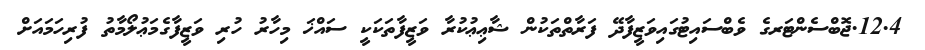
12.4.ޖޮބްސެންޓަރގެ ވެބްސައިޓުގައިވަޒީފާދޭ ފަރާތްތަކުން ޝާޢިޢުކުރާ ވަޒީފާތަކަކީ ސައްޚަ މިހާރު ހުރި ވަޒީފާގެމަޢުލޯމާތު ފުރިހަމައަށް